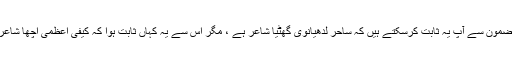
اس مضمون سے آپ یہ ثابت کرسکتے ہیں کہ ساحر لدھیانوی گھٹیا شاعر ہے ، مگر اس سے یہ کہاں ثابت ہوا کہ کیفی اعظمی اچھا شاعر ہے۔